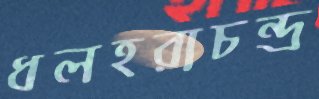
ধলহরাচন্দ্র